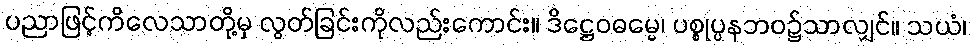
ပညာဖြင့်ကိလေသာတို့မှ လွတ်ခြင်းကိုလည်းကောင်း။ ဒိဋ္ဌေဝဓမ္မေ၊ ပစ္စုပ္ပနဘဝ၌သာလျှင်။ သယံ၊